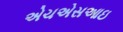
એચએસઆઇ